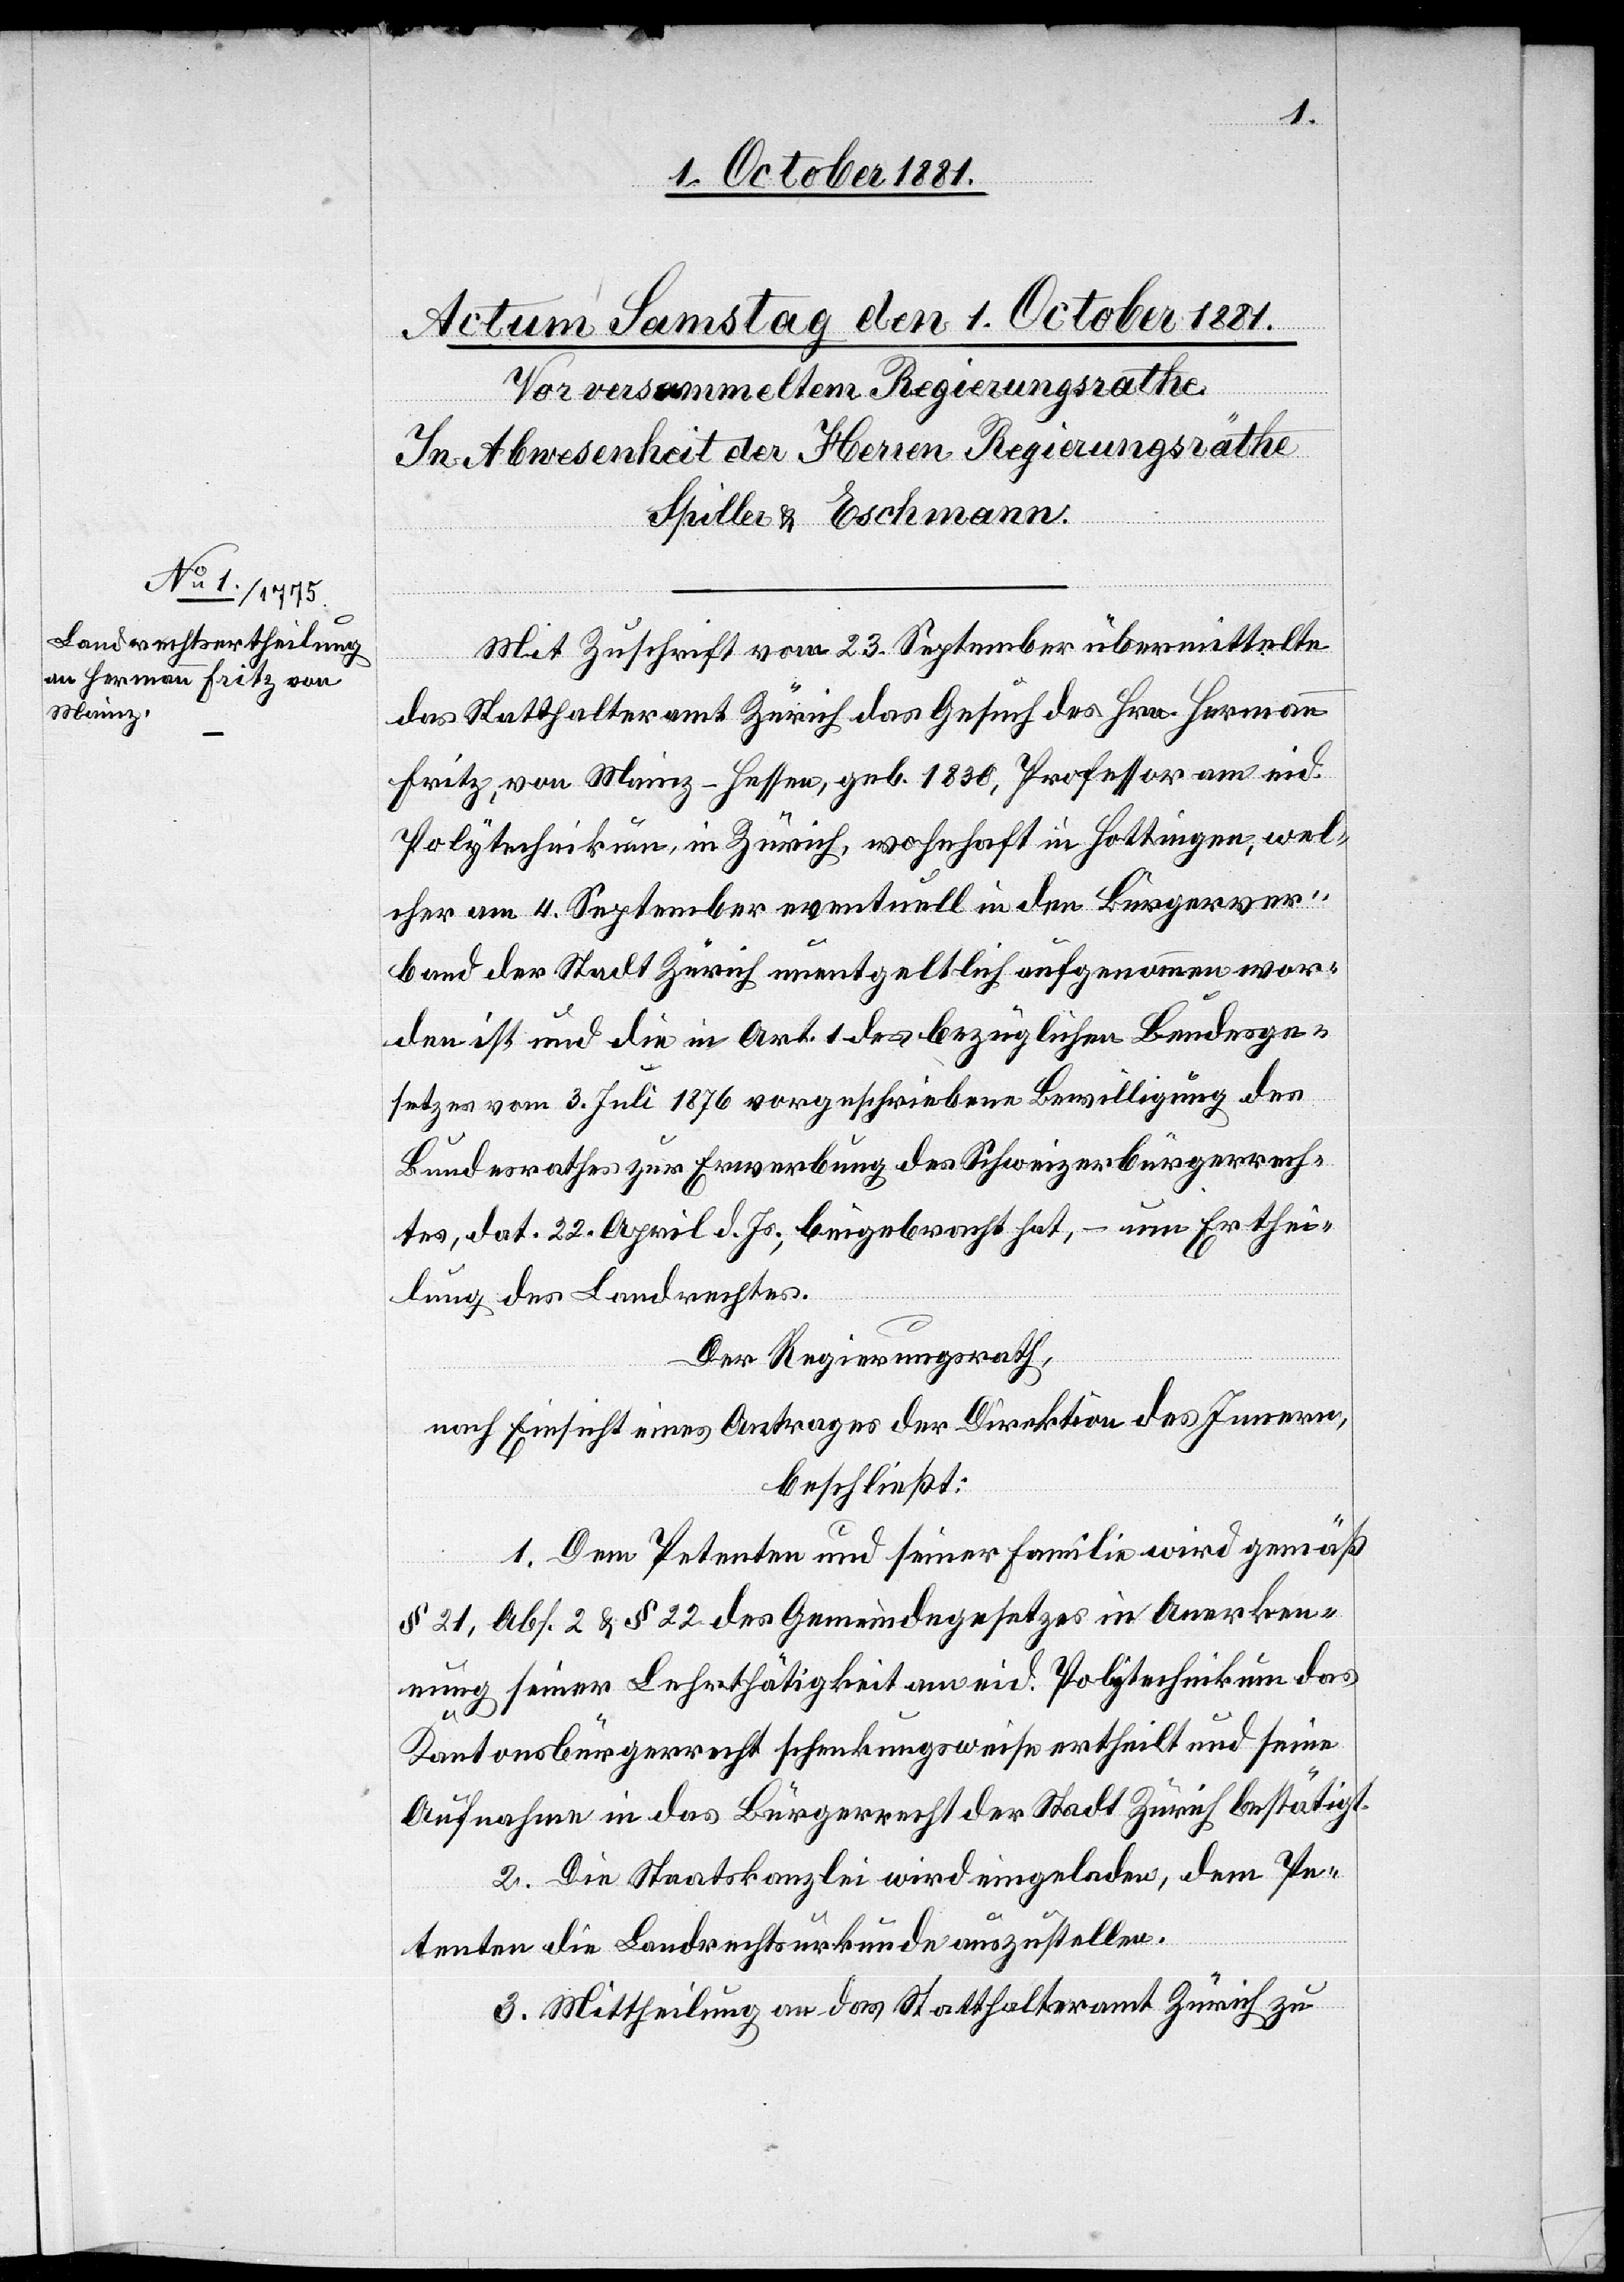
Mit Zuschrift vom 23. September übermittelte
das Statthalteramt Zürich das Gesuch des Hrn. Hermann
Fritz, von Mainz - Hessen, geb. 1830, Professor am eid.
Polytechnikum, in Zürich, wohnhaft in Hottingen, wel¬
cher am 4. September eventuell in den Bürgerver¬
band der Stadt Zürich unentgeltlich aufgenommen wor¬
den ist und die in Art. 1 des bezüglichen Bundesge¬
setzes vom 3. Juli 1876 vorgeschriebene Bewilligung des
Bundesrathes zur Erwerbung des Schweizerbürgerrech¬
tes, dat. 22. April d. Js., beigebracht hat, – um Erthei¬
lung des Landrechtes.
Der Regierungsrath,
nach Einsicht eines Antrages der Direktion des Innern,
beschließt:
1. Dem Petenten und seiner Familie wird gemäß
§ 21, Abs. 2 & § 22 des Gemeindegesetzes in Anerken¬
nung seiner Lehrthätigkeit am eid. Polytechnikum das
Kantonsbürgerrecht schenkungsweise ertheilt und seine
Aufnahme in das Bürgerrecht der Stadt Zürich bestätigt.
2. Die Staatskanzlei wird eingeladen, dem Pe¬
tenten die Landrechtsurkunde auszustellen.
3. Mittheilung an das Statthalteramt Zürich zu